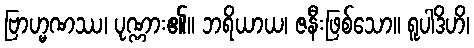
ဗြာဟ္မဏဿ၊ ပုဏ္ဏား၏။ ဘရိယာယ၊ ဇနီးဖြစ်သော။ ရူပါဒိဟိ၊